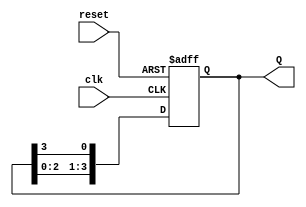
module ring_counter (
    input wire clk,        // Clock signal
    input wire reset,      // Asynchronous reset signal
    output reg [N-1:0] Q   // Output representing the state of the counter
);
    parameter N = 4;       // Number of flip-flops (bits in the counter)

    always @(posedge clk or posedge reset) begin
        if (reset) begin
            Q <= 1'b1;      // Initialize the counter; only the first flip-flop is set
        end else begin
            Q <= {Q[N-2:0], Q[N-1]}; // Shift left, with feedback from the last flip-flop
        end
    end
endmodule